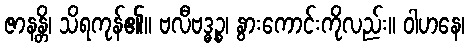
ဇာနန္တိ၊ သိရကုန်၏။ ဗလီဗဒ္ဓဉ္စ၊ နွားကောင်းကိုလည်း။ ဝါဟနေ၊